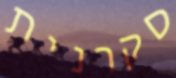
סקרנית